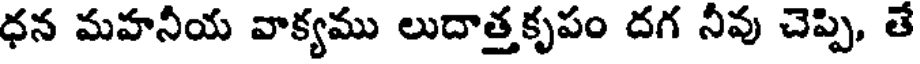
ధన మహనీయ వాక్యము లుదాత్తకృపం దగ నీవు చెప్పి, తే